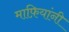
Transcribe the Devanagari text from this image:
माफ़ियांनी